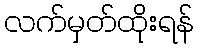
လက်မှတ်ထိုးရန်